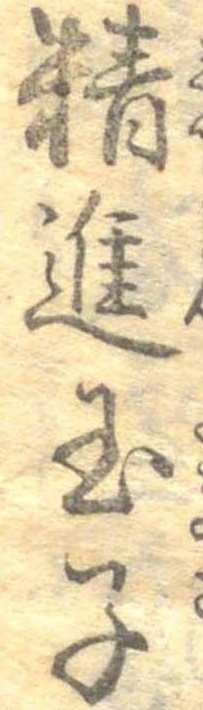
精進玉子